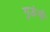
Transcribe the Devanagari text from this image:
गुऊंनी